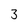
Character: 3